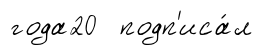
года20 подп'иса́л